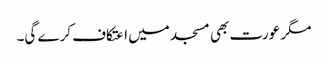
مگر عورت بھی مسجد میں اعتکاف کرے گی۔